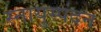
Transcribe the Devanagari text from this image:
स्नायुस्पंदन